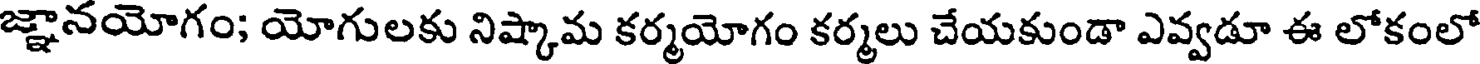
జ్ఞానయోగం; యోగులకు నిష్కామ కర్మయోగం కర్మలు చేయకుండా ఎవ్వడూ ఈ లోకంలో